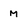
Character: M